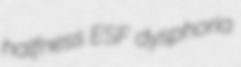
halfness ESF dysphoria